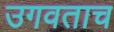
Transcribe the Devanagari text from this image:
उगवताच